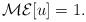
LaTeX: \begin{align*}\mathcal{M} \mathcal{E} [u] =1.\end{align*}